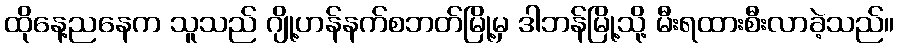
ထိုနေ့ညနေက သူသည် ဂျို့ဟန်နက်စဘတ်မြို့မှ ဒါဘန်မြို့သို့ မီးရထားစီးလာခဲ့သည်။